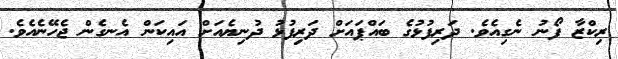
ރިކްޒާ ފޯނު ނެގިއެވެ. ދަރިފުޅުގެ ބައްޕައަށް ދަރިފުޅު ދުނިޔެއަށް އައިކަން އެނގެން ޖެހޭނެއެވެ.